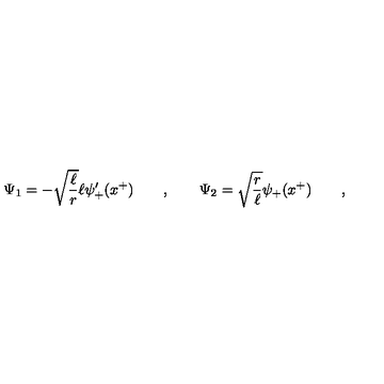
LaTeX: \Psi _ { 1 } = - \sqrt { \frac \ell r } \ell \psi _ { + } ^ { \prime } ( x ^ { + } ) \qquad , \qquad \Psi _ { 2 } = \sqrt { \frac r \ell } \psi _ { + } ( x ^ { + } ) \qquad ,